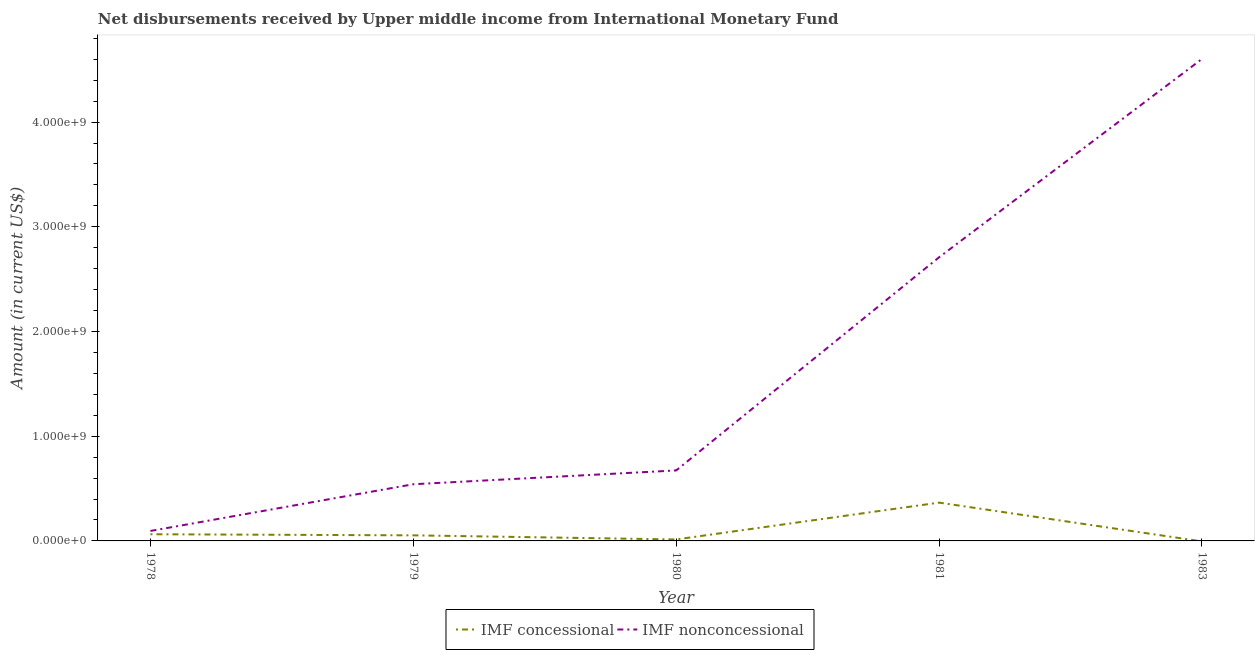
| Year | IMF concessional | IMF nonconcessional |
 | --- | --- | --- |
 | 1978 | 6.38e+07 | 9.52e+07 |
 | 1979 | 5.32e+07 | 5.41e+08 |
 | 1980 | 1.41e+07 | 6.73e+08 |
 | 1981 | 3.66e+08 | 2.71e+09 |
 | 1983 | -4.48e+06 | 4.6e+09 |